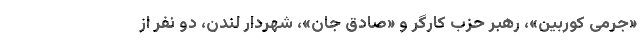
«جرمی کوربین»، رهبر حزب کارگر و «صادق جان»، شهردار لندن، دو نفر از